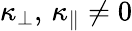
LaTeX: \kappa_{\perp},\, \kappa_{\parallel}\neq 0